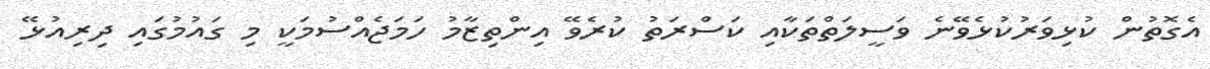
އެގޮތުން ކުޅިވަރުކުޅެވޭނެ ވަސީލަތްތަކާއި ކަސްރަތު ކުރެވޭ އިންތިޒާމު ހަމަޖެއްސުމަކީ މި ގައުމުގައި ދިރިއުޅޭ